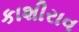
કાશીરાવ